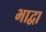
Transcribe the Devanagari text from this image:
भाद्वा